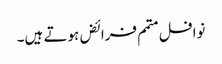
نوافل متمم فرائض ہوتے ہیں۔